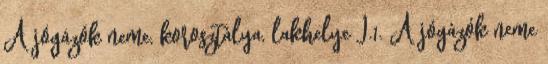
A jógázók neme, korosztálya, lakhelye I.1. A jógázók neme